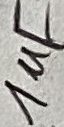
Text: 1uF